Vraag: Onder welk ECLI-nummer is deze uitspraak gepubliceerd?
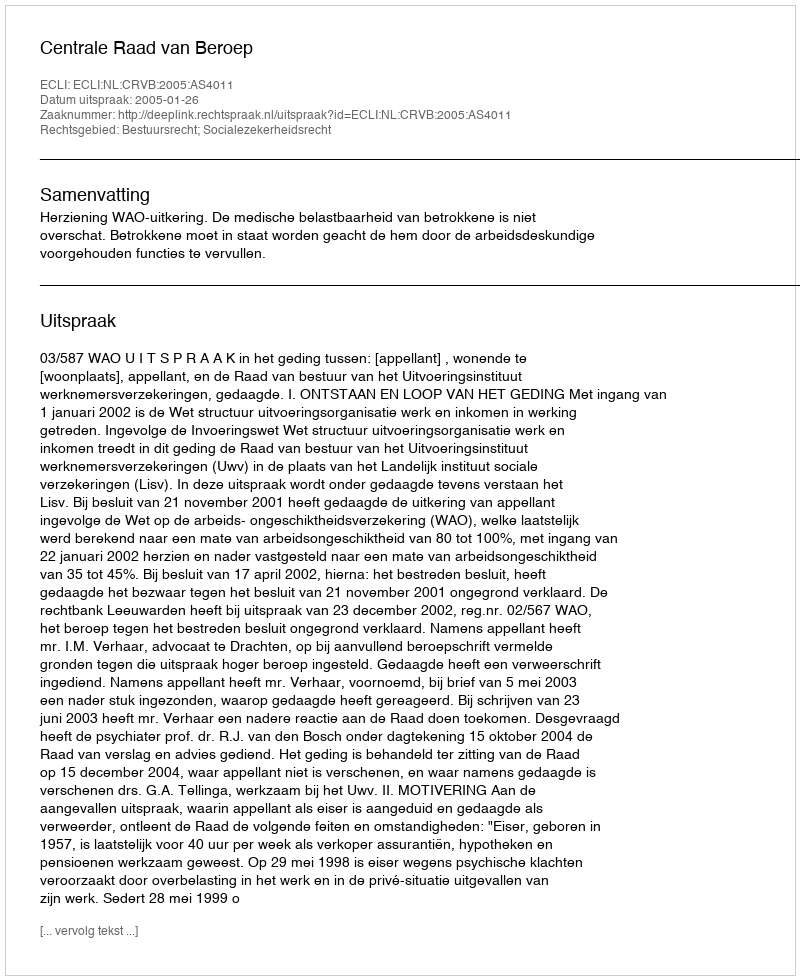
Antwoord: ECLI:NL:CRVB:2005:AS4011